Vaccination report Assam 1896-1927 - 1896-1927
Year: 1896
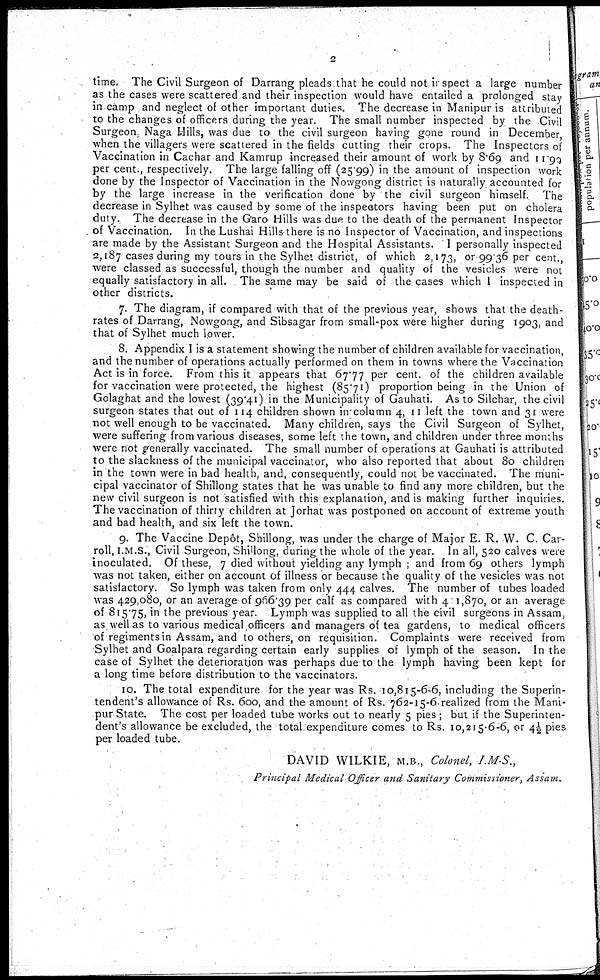
2
time. The Civil Surgeon of Darrang pleads that he could not inspect a large number
as the cases were scattered and their inspection would have entailed a prolonged stay
in camp and neglect of other important duties. The decrease in Manipur is attributed
to the changes of officers during the year. The small number inspected by the Civil
Surgeon, Naga Hills, was due to the civil surgeon having gone round in December,
when the villagers were scattered in the fields cutting their crops. The Inspectors of
Vaccination in Cachar and Kamrup increased their amount of work by 8.69 and 11.99
per cent., respectively. The large falling off (25.99) in the amount of inspection work
done by the Inspector of Vaccination in the Nowgong district is naturally accounted for
by the large increase in the verification done by the civil surgeon himself. The
decrease in Sylhet was caused by some of the inspectors having been put on cholera
duty. The decrease in the Garo Hills was due to the death of the permanent Inspector
of Vaccination. In the Lushai Hills there is no Inspector of Vaccination, and inspections
are made by the Assistant Surgeon and the Hospital Assistants. I personally inspected
2,187 cases during my tours in the Sylhet district, of which 2,173, or 99.36 per cent.,
were classed as successful, though the number and quality of the vesicles were not
equally satisfactory in all. The same may be said of the cases which I inspected in
other districts.
7. The diagram, if compared with that of the previous year, shows that the death-
rates of Darrang, Nowgong, and Sibsagar from small-pox were higher during 1903, and
that of Sylhet much lower.
8. Appendix I is a statement showing the number of children available for vaccination,
and the number of operations actually performed on them in towns where the Vaccination
Act is in force. From this it appears that 67.77 per cent. of the children available
for vaccination were protected, the highest (85.71) proportion being in the Union of
Golaghat and the lowest (39.41) in the Municipality of Gauhati. As to Silchar, the civil
surgeon states that out of 114 children shown in column 4, 11 left the town and 31 were
not well enough to be vaccinated. Many children, says the Civil Surgeon of Sylhet,
were suffering from various diseases, some left the town, and children under three months
were not generally vaccinated. The small number of operations at Gauhati is attributed
to the slackness of the municipal vaccinator, who also reported that about 80 children
in the town were in bad health, and, consequently, could not be vaccinated. The muni-
cipal vaccinator of Shillong states that he was unable to find any more children, but the
new civil surgeon is not satisfied with this explanation, and is making further inquiries.
The vaccination of thirty children at Jorhat was postponed on account of extreme youth
and bad health, and six left the town.
9. The Vaccine Depôt, Shillong, was under the charge of Major E. R. W. C. Car-
roll, I.M.S., Civil Surgeon, Shillong, during the whole of the year. In all, 520 calves were
inoculated. Of these, 7 died without yielding any lymph ; and from 69 others lymph
was not taken, either on account of illness or because the quality of the vesicles was not
satisfactory. So lymph was taken from only 444 calves. The number of tubes loaded
was 429,080, or an average of 966.39 per calf as compared with 401,870, or an average
of 815.75, in the previous year. Lymph was supplied to all the civil surgeons in Assam,
as well as to various medical officers and managers of tea gardens, to medical officers
of regiments in Assam, and to others, on requisition. Complaints were received from
Sylhet and Goalpara regarding certain early supplies of lymph of the season. In the
case of Sylhet the deterioration was perhaps due to the lymph having been kept for
a long time before distribution to the vaccinators.
10. The total expenditure for the year was Rs. 10,815-6-6, including the Superin-
tendent's allowance of Rs. 600, and the amount of Rs. 762-15-6 realized from the Mani-
pur State. The cost per loaded tube works out to nearly 5 pies ; but if the Superinten-
dent's allowance be excluded, the total expenditure comes to Rs. 10,215-6-6, or 4½ pies
per loaded tube.
DAVID WILKIE, M.B., Colonel, I.M. S.,
Principal Medical Officer and Sanitary Commissioner,
Assam.